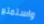
واستمتع